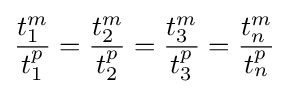
{\frac {t_{1}^{m}}{t_{1}^{p}}}={\frac {t_{2}^{m}}{t_{2}^{p}}}={\frac {t_{3}^{m}}{t_{3}^{p}}}={\frac {t_{n}^{m}}{t_{n}^{p}}}